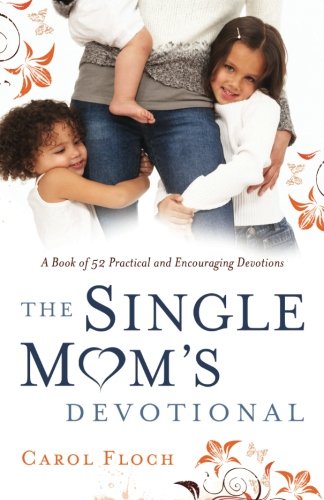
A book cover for The Single Mom's Devotional: A Book of 52 Practical and Encouraging Devotions; Carol Floch; Parenting & Relationships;